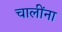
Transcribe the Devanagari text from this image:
चालींना